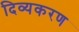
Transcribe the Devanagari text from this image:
दिव्यकरण